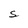
Character: S